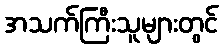
အသက်ကြီးသူများတွင်